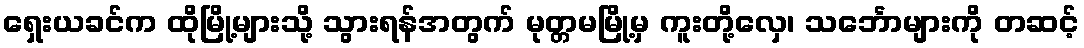
ရှေးယခင်က ထိုမြို့များသို့ သွားရန်အတွက် မုတ္တမမြို့မှ ကူးတို့လှေ၊ သင်္ဘောများကို တဆင့်